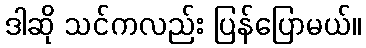
ဒါဆို သင်ကလည်း ပြန်ပြောမယ်။